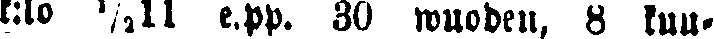
k:lo ½11 e.pp. 30 wuoden, 8 kuu-